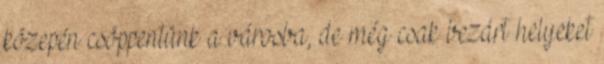
közepén csöppentünk a városba, de még csak bezárt helyeket